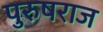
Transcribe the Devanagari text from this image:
पुरुषराज